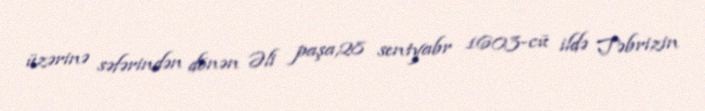
üzərinə səfərindən dönən Əli paşa,28 sentyabr 1603-cü ildə Təbrizin